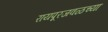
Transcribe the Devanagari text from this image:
रायपूरजवळच्या